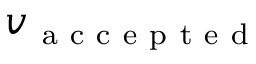
v _ { \mathrm { ~ a ~ c ~ c ~ e ~ p ~ t ~ e ~ d ~ } }